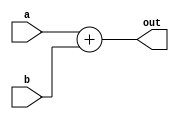
`timescale 1ns / 1ps

module adder(
	output [7:0] out,

	input [7:0] a, b
);

	assign out = a + b;

endmodule